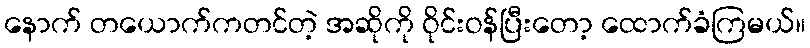
နောက် တယောက်ကတင်တဲ့ အဆိုကို ဝိုင်းဝန်ပြီးတော့ ထောက်ခံကြမယ်။